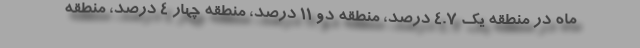
ماه در منطقه یک ۴.۷ درصد، منطقه دو ۱۱ درصد، منطقه چهار ۴ درصد، منطقه